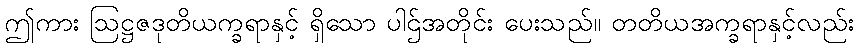
ဤကား ဩဋ္ဌဇဒုတိယက္ခရာနှင့် ရှိသော ပါဌ်အတိုင်း ပေးသည်။ တတိယအက္ခရာနှင့်လည်း